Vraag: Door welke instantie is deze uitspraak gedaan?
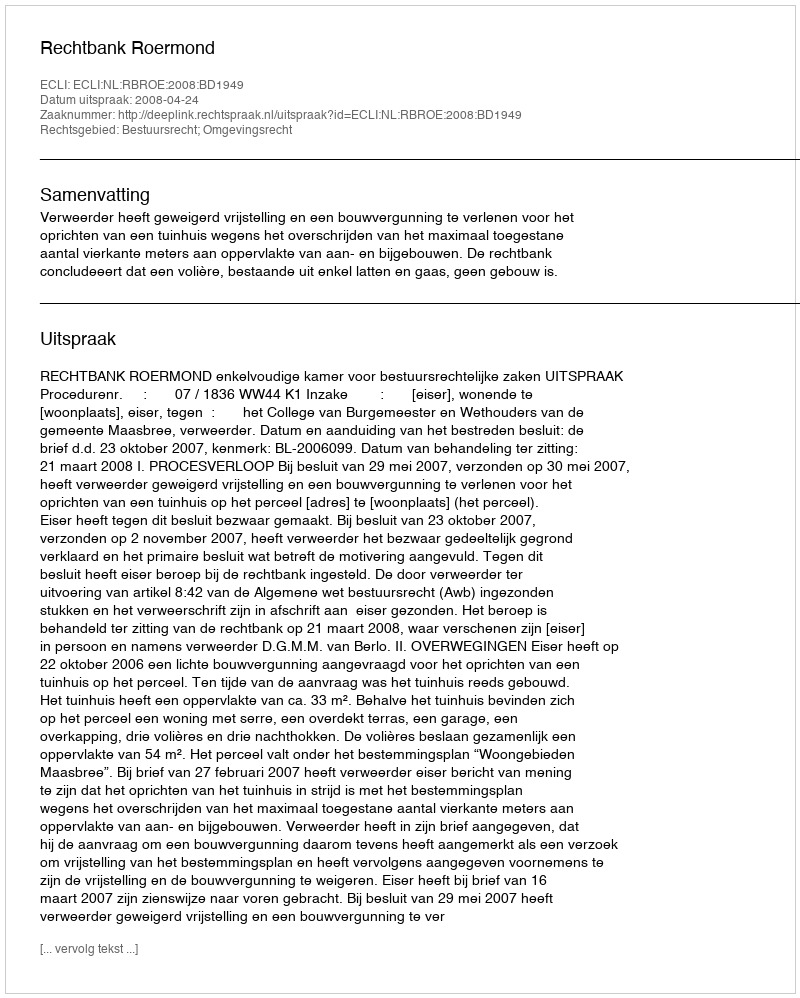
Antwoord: Rechtbank Roermond